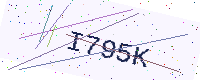
Text: I795K